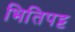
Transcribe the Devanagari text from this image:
भितिपट्ट